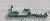
مسكط